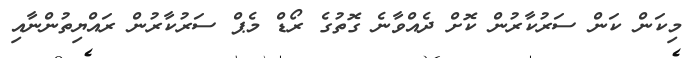
މިކަން ކަން ސަރުކާރުން ކޮށް ދެއްވާނެ ގޮތުގެ ރޯޑް މެޕް ސަރުކާރުން ރައްޔިތުންނާއި